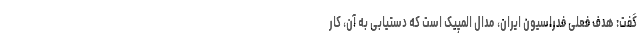
گفت: هدف فعلی فدراسیون ایران، مدال المپیک است که دستیابی به آن، کار